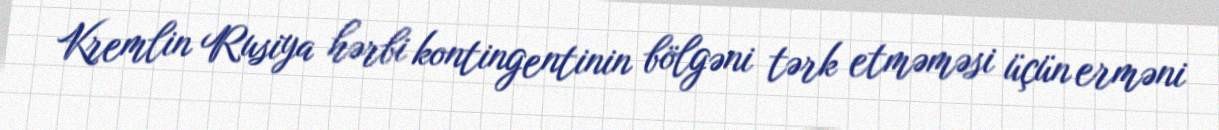
Kremlin Rusiya hərbi kontingentinin bölgəni tərk etməməsi üçün erməni